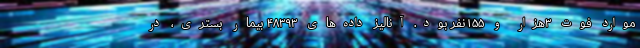
موارد فوت ۳هزار و ۱۵۵نفر بود. آنالیز داده‌های ۴۸۳۹۳ بیمار بستری، در